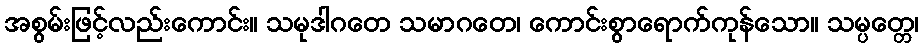
အစွမ်းဖြင့်လည်းကောင်း။ သမုဒါဂတေ သမာဂတေ၊ ကောင်းစွာရောက်ကုန်သော။ သမ္ပတ္တေ၊